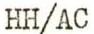
HH/AC